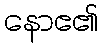
နောဧ၏